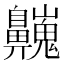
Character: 𪖾